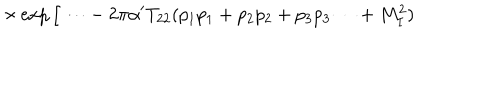
LaTeX: \times \exp \Big [ \cdots - 2 \pi \alpha ^ { \prime } T _ { 2 2 } ( p _ { 1 } p _ { 1 } + p _ { 2 } p _ { 2 } + p _ { 3 } p _ { 3 } \cdots + M _ { I } ^ { 2 } )